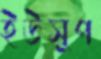
ইউসুপ